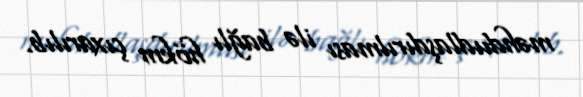
məhdudlaşdırılması ilə bağlı hökm çıxarılıb.